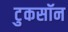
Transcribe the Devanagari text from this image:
टुकसॉन